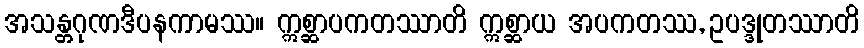
အသန္တဂုဏဒီပနကာမဿ။ ဣစ္ဆာပကတဿာတိ ဣစ္ဆာယ အပကတဿ, ဥပဒ္ဒုတဿာတိ